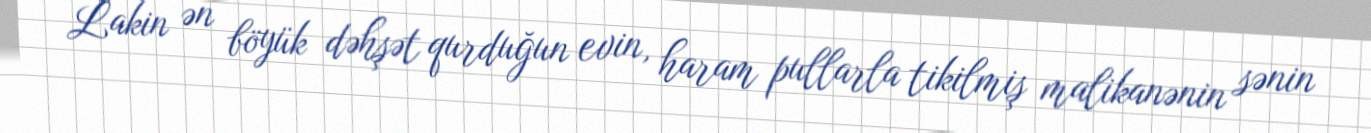
Lakin ən böyük dəhşət qurduğun evin, haram pullarla tikilmiş malikanənin sənin